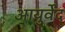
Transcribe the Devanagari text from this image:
आयुर्वेंद